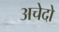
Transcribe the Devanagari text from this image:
अचेदो